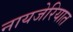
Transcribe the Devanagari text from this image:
नायजेरियात